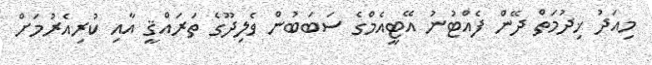
މިއަދު ޚިދުމަތް ދޭން ފެއްޓުނު އޭޓީއެމްގެ ސަބަބުން ވެލިދޫގެ ތަރައްޤީ އާއި ކުރިއެރުމަށް